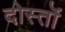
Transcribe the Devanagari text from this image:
दोस्तॊं